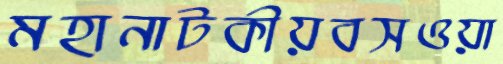
মহানাটকীয়বসওয়া